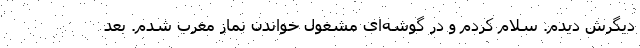
دیگرش دیدم. سلام کردم و در گوشه‌ای مشغول خواندن نماز مغرب شدم. بعد